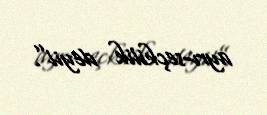
ayrı-seçkilik deyil”.